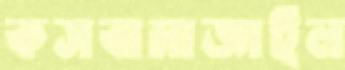
কসবামাজাইল